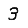
Digit: 3